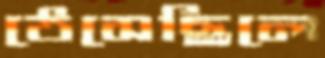
ঠেসেছিলে